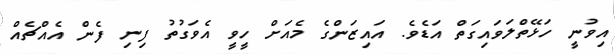
އިވުނީ ހަޅޭތްލަވައިގަތް އަޑެވެ. އައިޒަންގެ މެއަށް ހީވީ އެވަގުތު ފިނި ފެން އެއްޗެއް